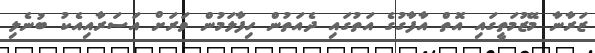
ޒަރާނާ މޭޒުމަތީގައި އޮތް އާފާގުގެ އަތުގައި ދެއަތުން ހިފާލަމުން ވަރަށް އަސަރާއިއެކު ބުނެލި